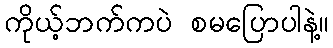
ကိုယ့်ဘက်ကပဲ စမပြောပါနဲ့။